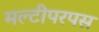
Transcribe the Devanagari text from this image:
मल्टीपरपस